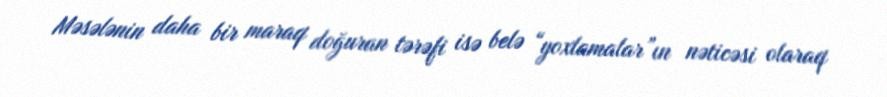
Məsələnin daha bir maraq doğuran tərəfi isə belə “yoxlamalar”ın nəticəsi olaraq